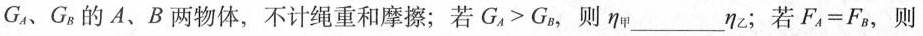
为G_{A}、G_{B}的A、B两物体，不计绳重和摩擦；若$$G _ { A } > G _ { B }$$，则η_{甲}___η_{乙}；若$$F _ { A } = F _ { B }$$，